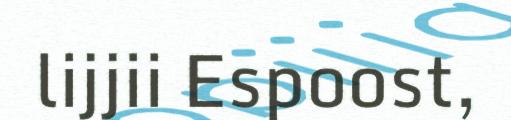
lijjii Espoost,